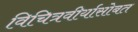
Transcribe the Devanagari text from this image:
विचित्रवीर्यासोबत